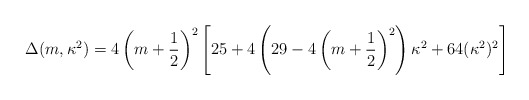
\begin{align*}\Delta(m,\kappa^2) = 4\left(m+\frac12\right)^2\left[25+4\left(29-4\left(m+\frac12\right)^2\right)\kappa^2+64(\kappa^2)^2\right]\end{align*}